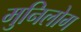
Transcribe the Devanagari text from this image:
मुनिलोग